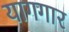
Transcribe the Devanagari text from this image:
यागगार